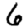
Digit: 6